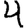
Digit: 4